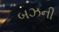
બઝની